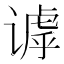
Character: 𬤙